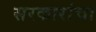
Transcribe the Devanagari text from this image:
सरकारांचा